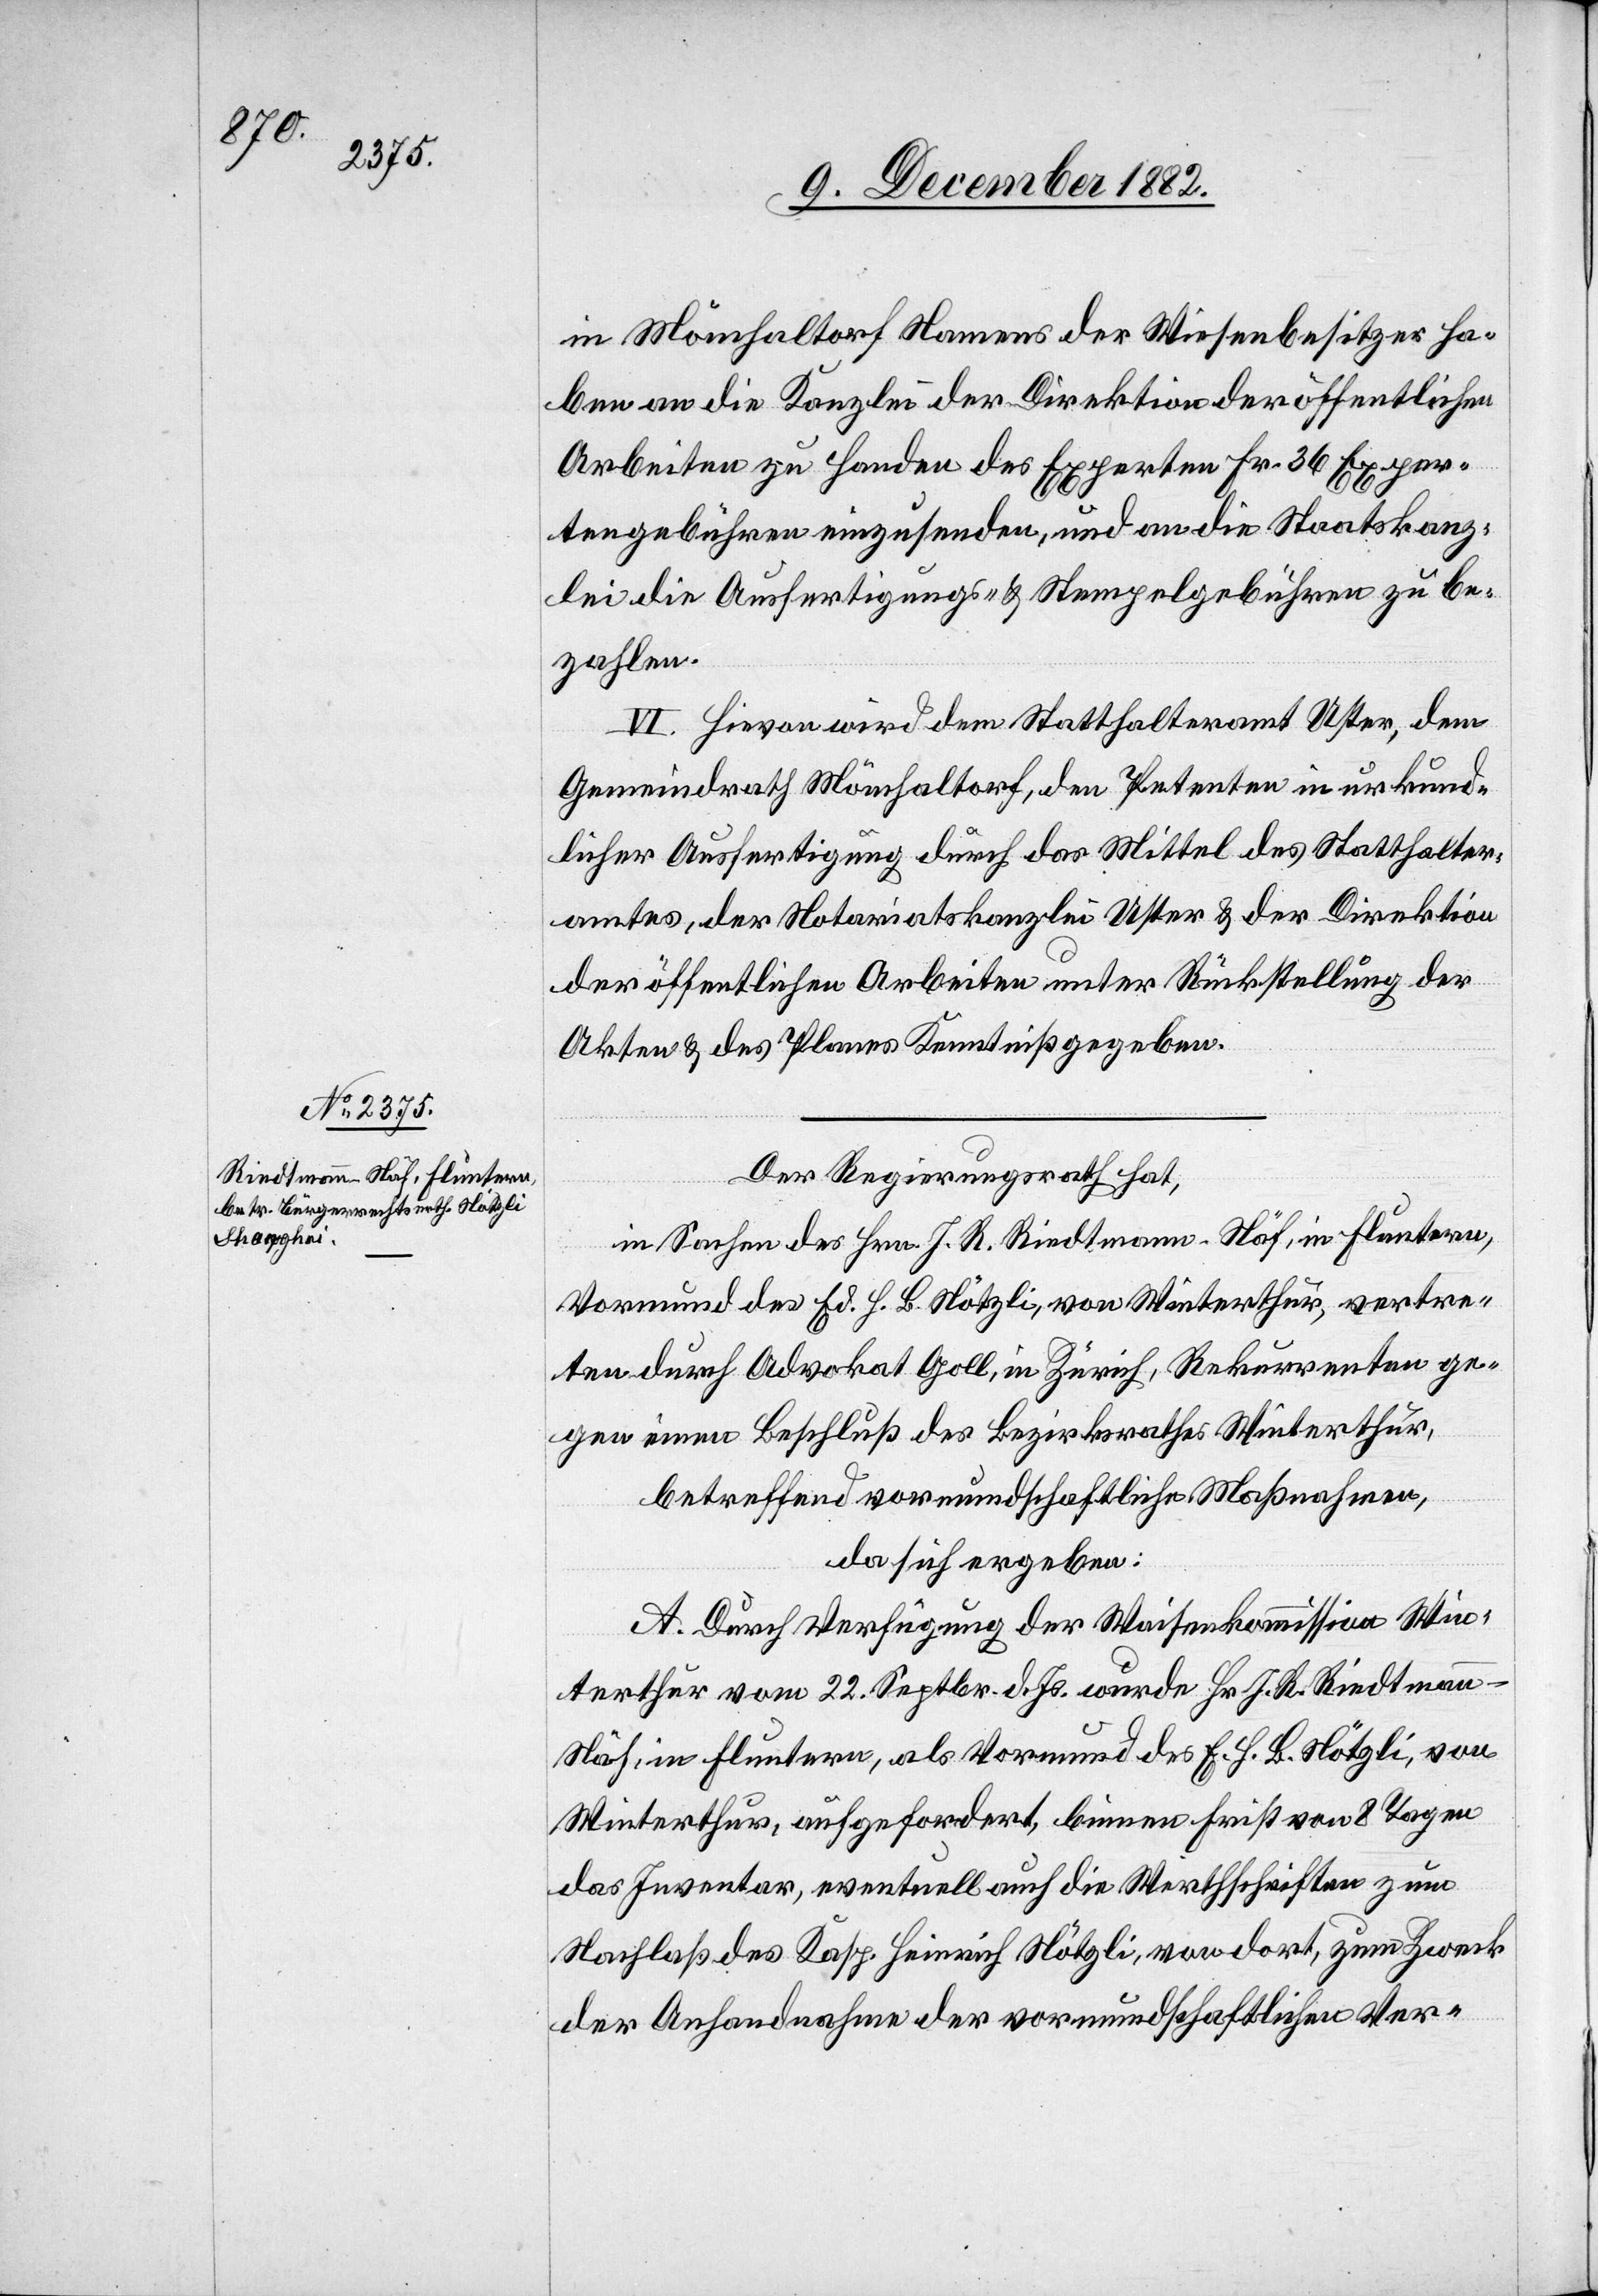
in Mönchaltorf Namens der Wiesenbesitzer ha¬
ben an die Kanzlei der Direktion der öffentlichen
Arbeiten zu Handen des Experten Fr. 36 Exper¬
tengebühren einzusenden, und an die Staatskanz¬
lei die Ausfertigungs- & Stempelgebühren zu be¬
zahlen.
IV. Hievor wird dem Statthalteramt Uster, dem
Gemeindrath Mönchaltorf, den Petenten in urkund¬
licher Ausfertigung durch das Mittel des Statthalter¬
amtes, der Notariatskanzlei Uster & der Direktion
der öffentlichen Arbeiten unter Rückstellung der
Akten & des Planes Kenntniß gegeben.
Der Regierungsrath hat,
in Sachen des Hrn. J. R. Riedtmann-Näf, in Fluntern,
Vormund des Ed. H. B. Nötzli, von Winterthur, vertre¬
ten durch Advokat Goll, in Zürich, Rekurrenten ge¬
gen einen Beschluß des Bezirksrathes Winterthur,
betreffend vormundschaftliche Maßnahmen,
da sich ergeben:
A. Durch Verfügung der Waisenkommission Win¬
terthur vom 22. Septbr. d. Js. wurde Hr. J. R. Riedtman¬
n-Näf, in Fluntern, als Vormund des E. H. B. Nötzli, von
Winterthur, aufgefordert, binnen Frist von 8 Tagen
das Inventar, eventuell auch die Werthschriften zum
Nachlaß des Kasp. Heinrich Nötzli, von dort, zum Zweck
der Anhandnahme der vormundschaftlichen Ver-